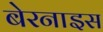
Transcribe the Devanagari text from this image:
बेरनाइस